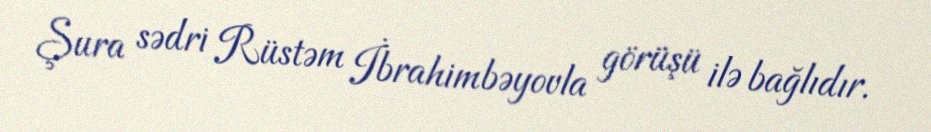
Şura sədri Rüstəm İbrahimbəyovla görüşü ilə bağlıdır.